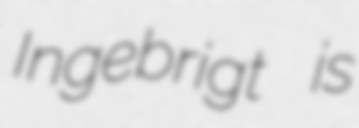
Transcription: Ingebrigt is